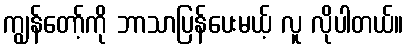
ကျွန်တော့်ကို ဘာသာပြန်ပေးမယ့် လူ လိုပါတယ်။